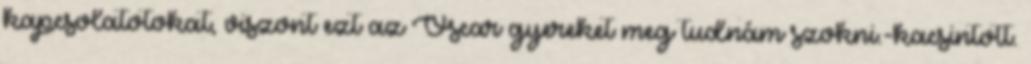
kapcsolatotokat, viszont ezt az Oscar gyereket meg tudnám szokni.-kacsintott.